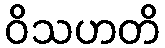
ဝိသဟတိ